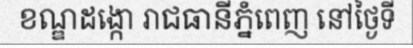
ខណ្ឌដង្កោ រាជធានីភ្នំពេញ នៅថ្ងៃទី